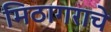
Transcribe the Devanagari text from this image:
मिठागराचे